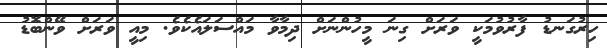
ހިރުގަނޑު ފާރުވުމަކީ ވަރަށް ގިނަ މީހުންނަށް ދިމާވާ މައްސަލައެކެވެ. މިއީ ވަރަށް ވޭންބޮޑު